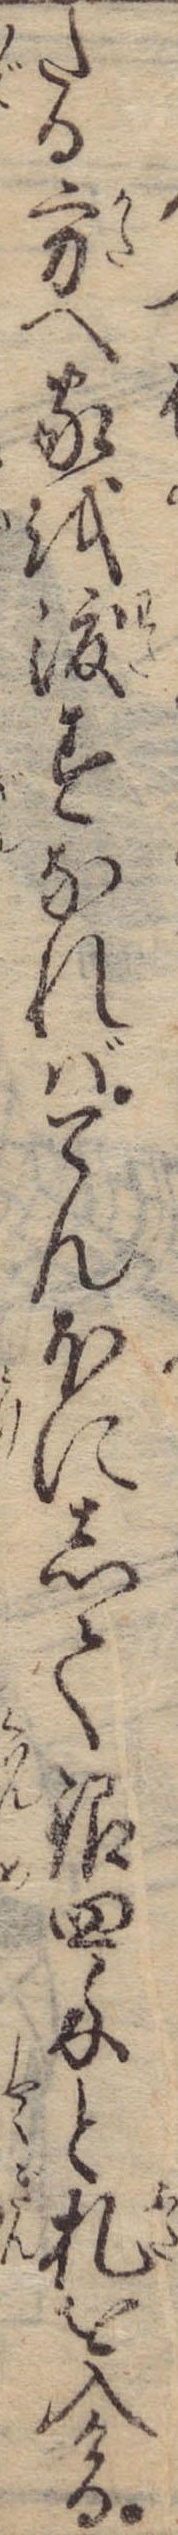
たる方へ家を渡すなればてんほにして銀四匁と札を入ける